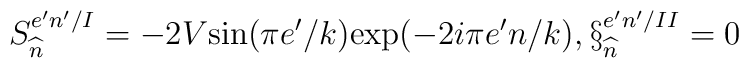
S_{\widehat{n}}^{e'n'/I}=-2V\mbox{sin}(\pi e'/k)\mbox{exp}(-2i\pi e'n/k),\S_{\widehat{n}}^{e'n'/II}=0